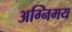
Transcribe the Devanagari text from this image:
अग्निमय